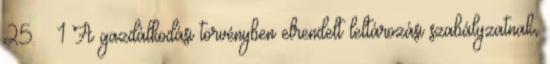
25. § 1 A gazdálkodási törvényben elrendelt leltározási szabályzatnak,